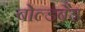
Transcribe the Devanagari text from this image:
बोल्डबैड